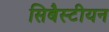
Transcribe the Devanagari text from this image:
सिबैस्टीयन